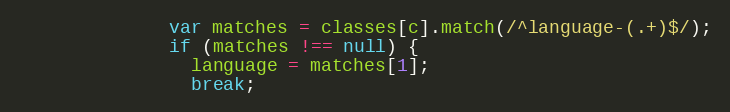
Language: JavaScript
              var matches = classes[c].match(/^language-(.+)$/);
              if (matches !== null) {
                language = matches[1];
                break;